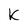
Character: K